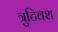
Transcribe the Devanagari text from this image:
त्रुटिवश